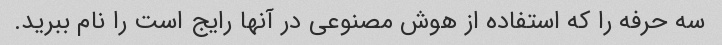
سه حرفه را که استفاده از هوش مصنوعی در آنها رایج است را نام ببرید.